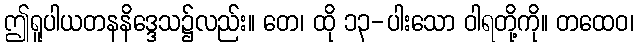
ဤရူပါယတနနိဒ္ဒေသ၌လည်း။ တေ၊ ထို ၁၃-ပါးသော ဝါရတို့ကို။ တထေဝ၊